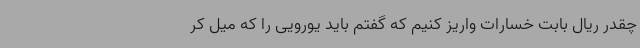
چقدر ریال بابت خسارات واریز کنیم که گفتم باید یورویی را که میل کر